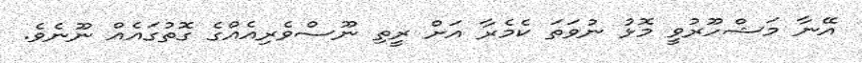
އޭނާ މަޝްހޫރުވީ މޮޅު ނުވަތަ ކެމެރާ އަށް ރީތި ނޫސްވެރިއެއްގެ ގޮތުގައެއް ނޫނެވެ.